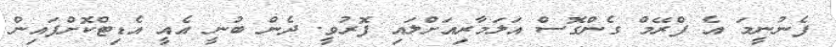
ފެނުނީމަ އެ ފްރޭމް ގެންގޮސް އަލަމާރިއަށްލައި ފޮރުވީ. ދެން ބުނީ އެއީ އެޑިޓްކޮށްފައިން